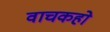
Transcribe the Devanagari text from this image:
वाचकहो